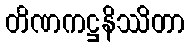
တိဏကဋ္ဌနိဿိတာ